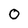
Character: 0